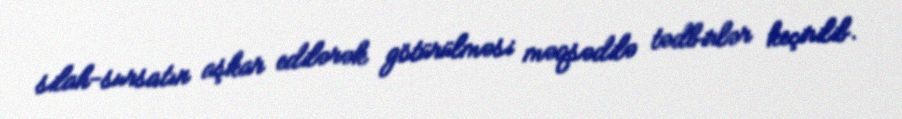
silah-sursatın aşkar edilərək götürülməsi məqsədilə tədbirlər keçirilib.